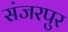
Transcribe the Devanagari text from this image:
संजरपुर